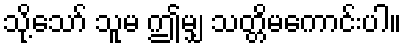
သို့သော် သူမ ဤမျှ သတ္တိမကောင်းပါ။